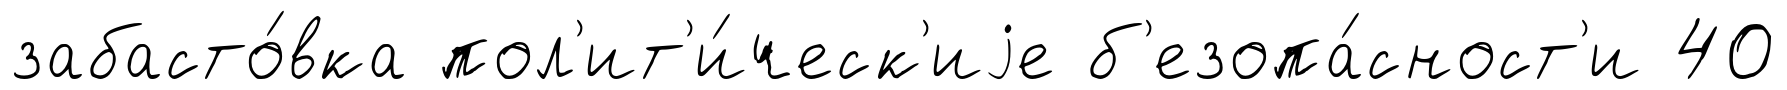
забасто́вка пол'ит'и́ческ'иjе б'езопа́сност'и 40